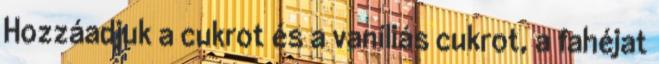
Hozzáadjuk a cukrot és a vaníliás cukrot, a fahéjat